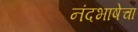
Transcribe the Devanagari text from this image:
नंदभाषेचा